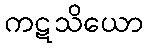
ကဋသိယော